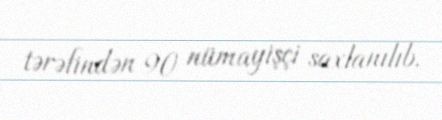
tərəfindən 90 nümayişçi saxlanılıb.